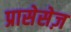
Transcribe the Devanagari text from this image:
प्रासेसेज़